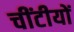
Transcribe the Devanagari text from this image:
चींटीयों